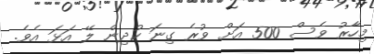
މިހާރު ވެސް 500 އަށް ވުރެ ގިނަ ކުދިން ލޭ އަޅަ އެވެ.